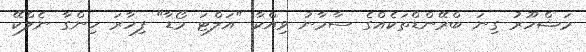
މަޝްހޫރު ގިނަ ބްރޭންޑްތަކެއްގެ ސާމާނު ވިއްކާ "އަލްޓަ މޯޑާ" ފިހާރަ ހިންގާ ނެލްކޭ